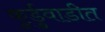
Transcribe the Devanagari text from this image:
कुर्डुवाडीत